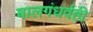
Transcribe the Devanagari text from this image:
बालगंधर्वही